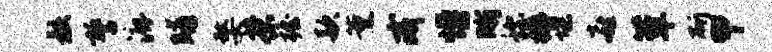
骸誓漉晡嫠茶握款薰戒幔晰称樽堞喜簟斫甲